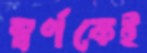
স্বর্ণকেই